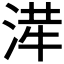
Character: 𭱂